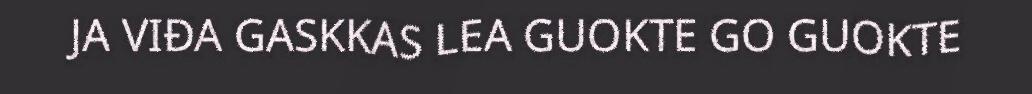
JA VIĐA GASKKAS LEA GUOKTE GO GUOKTE